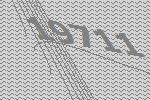
19711